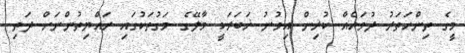
މީގެ ތިންހަތަރު ދުވަހެއް ކުރިން އިވުނު ޚަބަރަކީ މާލޭގެ މަގުތަކުގައި ރައްޔިތުންނަށް ދަތި